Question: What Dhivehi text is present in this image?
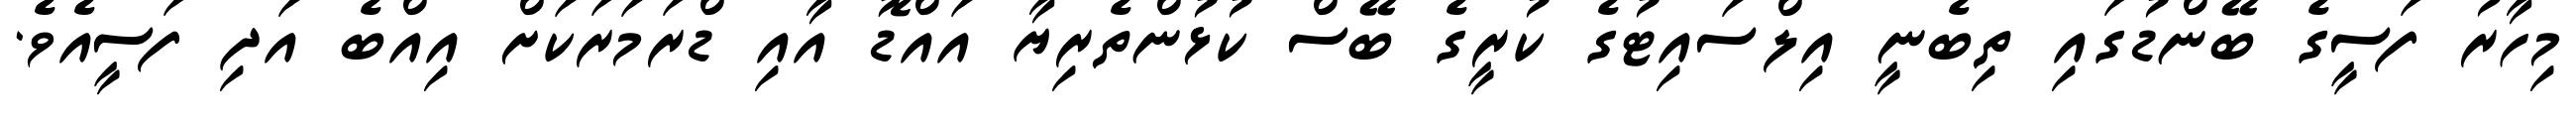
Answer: މިހާރު ފަސީގެ ބޭންޑުގައި ތިބެނީ އިލްސައިޓުގެ ކުރީގެ ބޭސް ކުޅުންތެރިޔާ އައްޑޮ އާއި ޑްރަމަރަކަށް އިއްބެ އަދި ފަސީއެވެ.